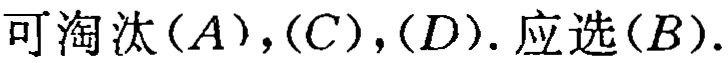
可淘汰\((A)\)，\((C)\)，\((D)\). 应选\((B)\).